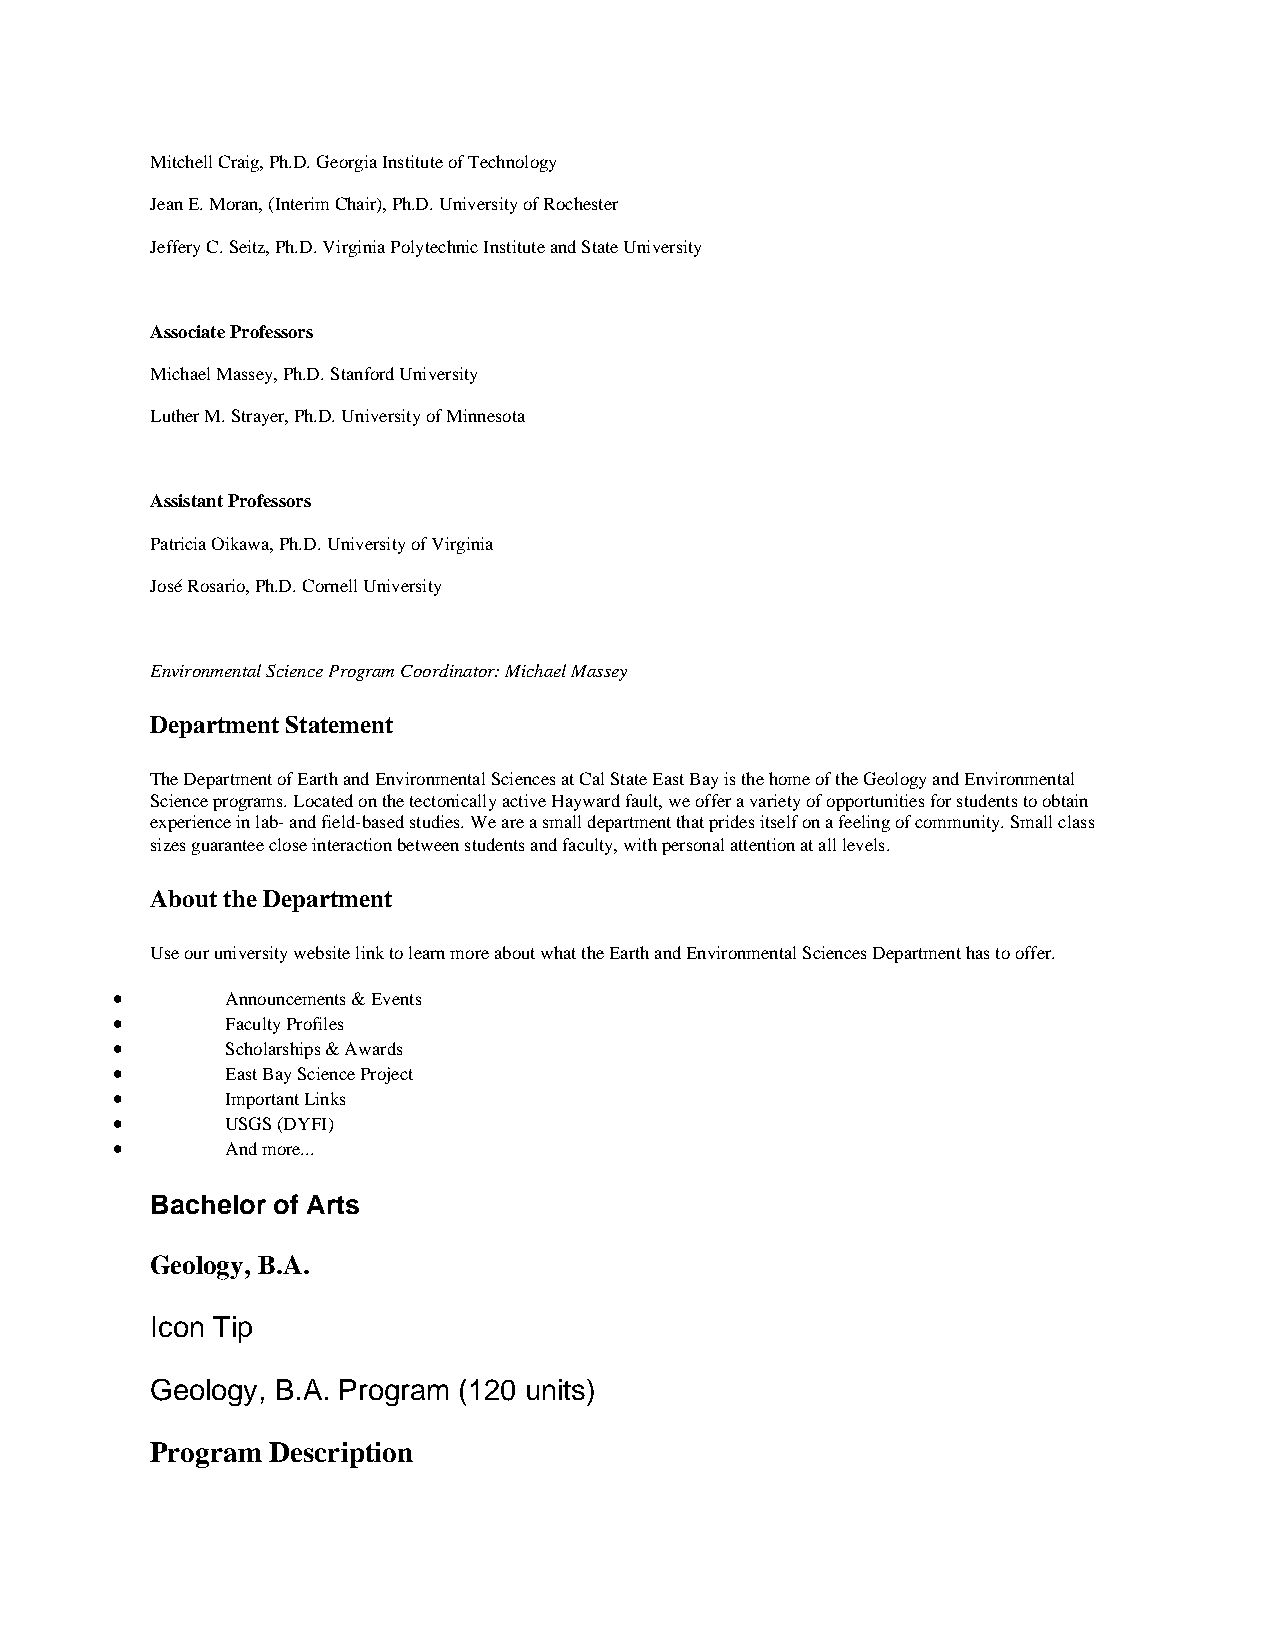
Mitchell Craig, Ph.D. Georgia Institute of Technology
 Jean E. Moran, (Interim Chair), Ph.D. University of Rochester
 Jeffery C. Seitz, Ph.D. Virginia Polytechnic Institute and State University
 Associate Professors
 Michael Massey, Ph.D. Stanford University
 Luther M. Strayer, Ph.D. University of Minnesota
 Assistant Professors
 Patricia Oikawa, Ph.D. University of Virginia
 José Rosario, Ph.D. Cornell University
 Environmental Science Program Coordinator: Michael Massey
 Department Statement
 The Department of Earth and Environmental Sciences at Cal State East Bay is the home of the Geology and Environmental
 Science programs. Located on the tectonically active Hayward fault, we offer a variety of opportunities for students to obtain
 experience in lab- and field-based studies. We are a small department that prides itself on a feeling of community. Small class
 sizes guarantee close interaction between students and faculty, with personal attention at all levels.
 About the Department
 Use our university website link to learn more about what the Earth and Environmental Sciences Department has to offer.
 •       Announcements & Events
 •       Faculty Profiles
 •       Scholarships & Awards
 •       East Bay Science Project
 •       Important Links
 •       USGS (DYFI)
 •       And more...
 Bachelor of Arts
 Geology, B.A.
 Icon Tip
 Geology, B.A. Program (120 units)
 Program Description